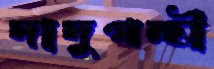
দাদুপন্হী